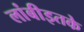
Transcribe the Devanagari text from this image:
लांबीइतके